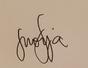
Signature authenticity: genuine